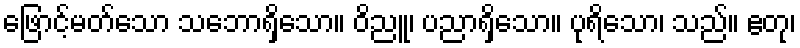
ဖြောင့်မတ်သော သဘောရှိသော။ ဝိညူ၊ ပညာရှိသော။ ပုရိသော၊ သည်။ ဧတု၊